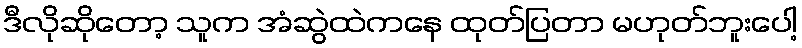
ဒီလိုဆိုတော့ သူက အံဆွဲထဲကနေ ထုတ်ပြတာ မဟုတ်ဘူးပေါ့